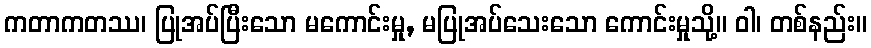
ကတာကတဿ၊ ပြုအပ်ပြီးသော မကောင်းမှု, မပြုအပ်သေးသော ကောင်းမှုသို့။ ဝါ၊ တစ်နည်း။